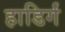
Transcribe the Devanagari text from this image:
हाडिर्गं